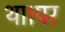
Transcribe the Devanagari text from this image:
था।पर